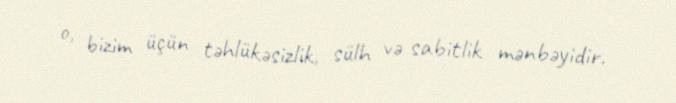
o, bizim üçün təhlükəsizlik, sülh və sabitlik mənbəyidir.